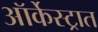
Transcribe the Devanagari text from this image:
ऑर्केस्ट्रात